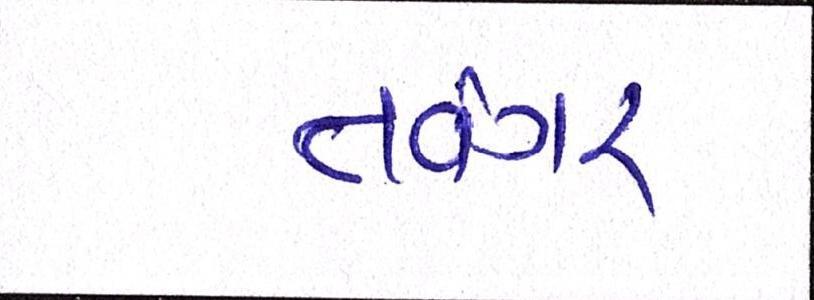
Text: તવંગર